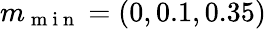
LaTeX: m_{\mathrm{~m~i~n~}}=(0,0.1,0.35)